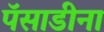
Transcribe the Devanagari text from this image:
पॅसाडीना